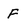
Character: F